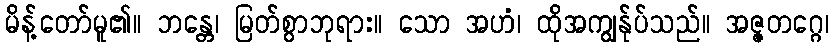
မိန့်တော်မူ၏။ ဘန္တေ၊ မြတ်စွာဘုရား။ သော အဟံ၊ ထိုအကျွန်ုပ်သည်။ အဇ္ဇတဂ္ဂေ၊